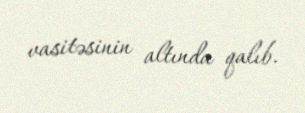
vasitəsinin altında qalıb.